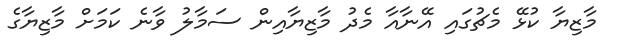
މާޒިޔާ ކުޅޭ މެޗުގައި އޭނާއާ މެދު މާޒިޔާއިން ސަމާލު ވާނެ ކަމަށް މާޒިޔާގެ